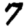
Digit: 7